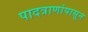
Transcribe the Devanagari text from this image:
पादत्राणांपासून